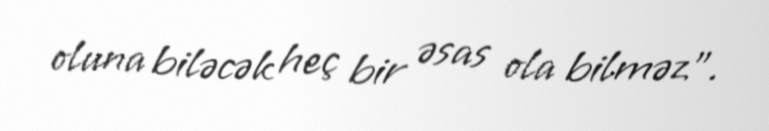
oluna biləcək heç bir əsas ola bilməz”.